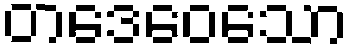
တဒေဝေသော